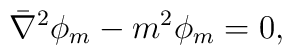
\bar \nabla^2 \phi_m -m^2 \phi_m=0,